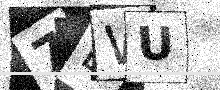
Text: 7EWU